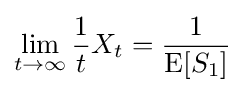
\lim _{t\to \infty }{\frac {1}{t}}X_{t}={\frac {1}{\operatorname {E} [S_{1}]}}